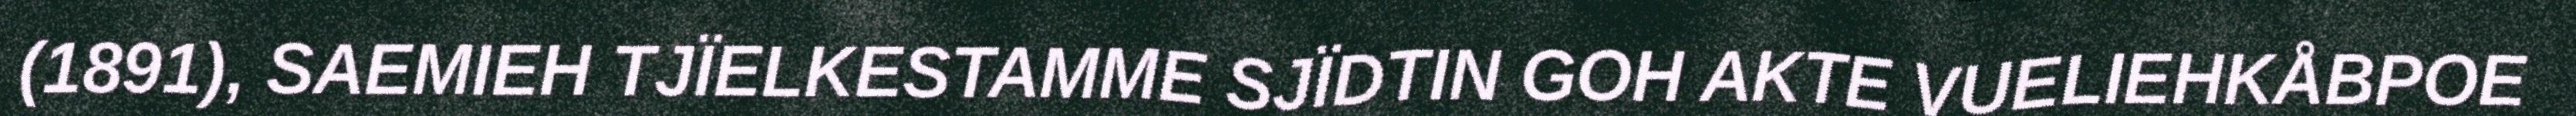
(1891), SAEMIEH TJÏELKESTAMME SJÏDTIN GOH AKTE VUELIEHKÅBPOE